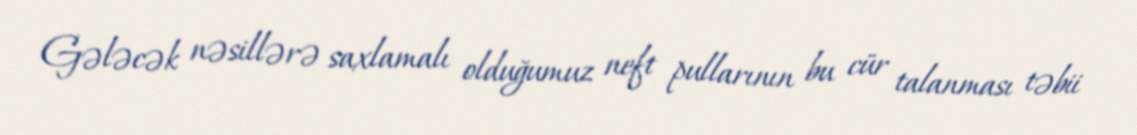
Gələcək nəsillərə saxlamalı olduğumuz neft pullarının bu cür talanması təbii